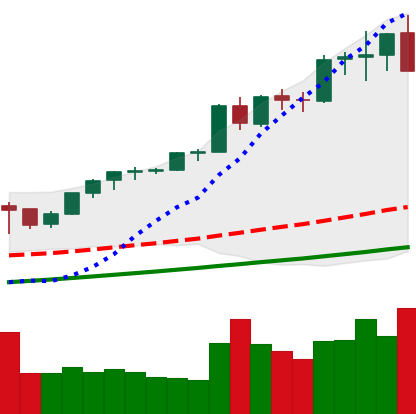
Ticker: ETH-USD
Chart end date: 2021-05-12
Forward return: -13.298%
Label: down_7plus